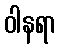
ဝါနရာ